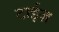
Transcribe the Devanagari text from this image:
टाईज़